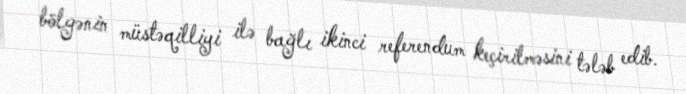
bölgənin müstəqilliyi ilə bağlı ikinci referendum keçirilməsini tələb edib.